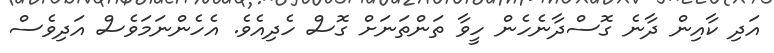
އަދި ކާއިން ދާނެ ގޮސްދާނެހެން ހީވާ ތަންތަނަށް ގޮސް ހެދިއެވެ. އެހެންނަމަވެސް އަދިވެސް